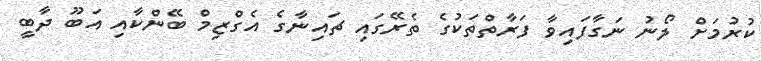
ކުރުމަށް ލޯނު ނަގާފައިވާ ފަރާތްތަކުގެ ތެރޭގައި ޗައިނާގެ އެގްޒިމް ބޭންކާއި އަބޫ ދާބީ